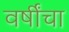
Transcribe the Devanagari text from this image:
वर्षींचा